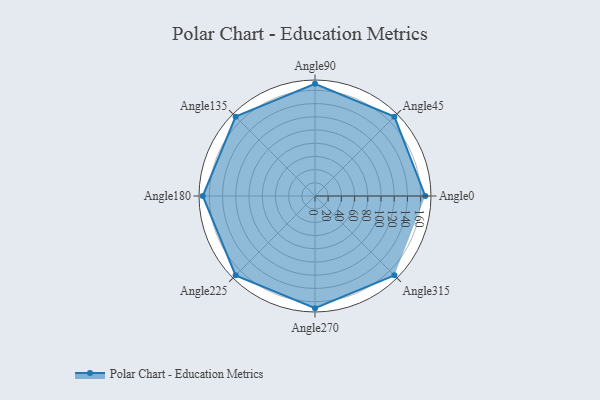
{"axis": {"x": "Angle", "y": "Radius"}, "legend": [""], "data": [{"x": "Angle0", "y": 167.0, "type": ""}, {"x": "Angle45", "y": 170, "type": ""}, {"x": "Angle90", "y": 170, "type": ""}, {"x": "Angle135", "y": 170, "type": ""}, {"x": "Angle180", "y": 170, "type": ""}, {"x": "Angle225", "y": 170, "type": ""}, {"x": "Angle270", "y": 170, "type": ""}, {"x": "Angle315", "y": 170, "type": ""}]}